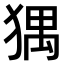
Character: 𤟹